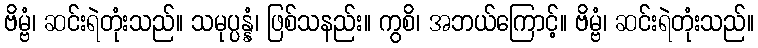
ဗိမ္ဗံ၊ ဆင်းရဲတုံးသည်။ သမုပ္ပန္နံ၊ ဖြစ်သနည်း။ ကွစိ၊ အဘယ်ကြောင့်။ ဗိမ္ဗံ၊ ဆင်းရဲတုံးသည်။